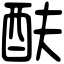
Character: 酜